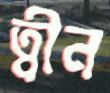
ত্বীন